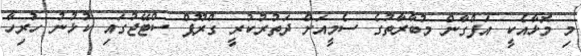
މި މޮޅާއެކީ އަފްގާން މުބާރާތުގެ ސެމީއަށް ދަތުރުކުރީ ގްރޫޕް ސްޓޭޖުގައި ކުޅުނު ހުރިހާ